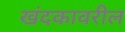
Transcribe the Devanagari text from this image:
खंदकावरील